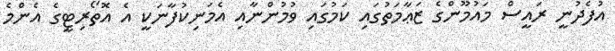
އުފެދުނީ ރައީސް މައުމޫންގެ ޒަޢާމަތުގައި ކަމުގައި ވުމުންނާއި އެމަނިކުފާނަކީ އެ އޮތޯރިޓީގެ އެންމެ